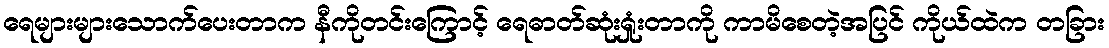
ရေများများသောက်ပေးတာက နီကိုတင်းကြောင့် ရေဓာတ်ဆုံးရှုံးတာကို ကာမိစေတဲ့အပြင် ကိုယ်ထဲက တခြား